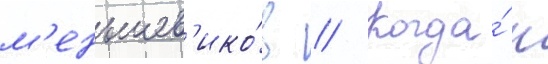
м'еньшев'ико́в // Когда́ н